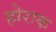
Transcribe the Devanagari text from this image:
होराक